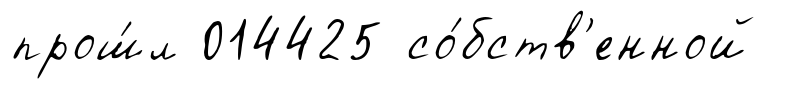
прош́л 014425 со́бств'енной